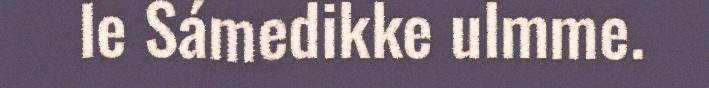
le Sámedikke ulmme.